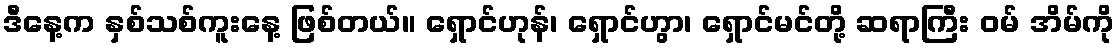
ဒီနေ့က နှစ်သစ်ကူးနေ့ ဖြစ်တယ်။ ရှောင်ဟုန်၊ ရှောင်ဟွာ၊ ရှောင်မင်တို့ ဆရာကြီး ဝမ် အိမ်ကို